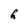
Character: h